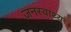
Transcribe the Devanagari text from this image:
जनस्वाथ्य